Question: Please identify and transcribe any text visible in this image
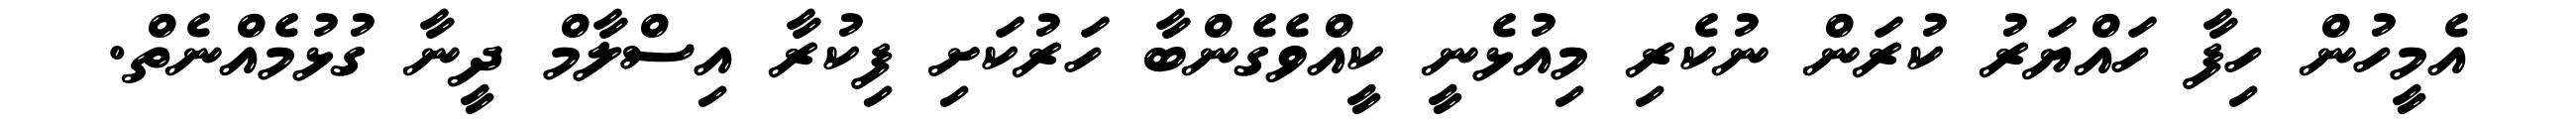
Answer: އެމީހުން ހިފާ ހައްޔަރު ކުރަން ނުކެރި މިއުޅެނީ ކީއްވެގެންބާ ހަރުކަށި ފިކުރާ އިސްލާމް ދީނާ ގުޅުމެއްނެތް.